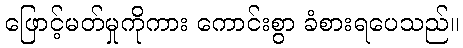
ဖြောင့်မတ်မှုကိုကား ကောင်းစွာ ခံစားရပေသည်။